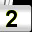
Digit: 2